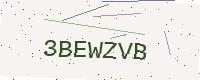
Text: 3BEWZVB